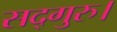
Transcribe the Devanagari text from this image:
सद्गुरु।